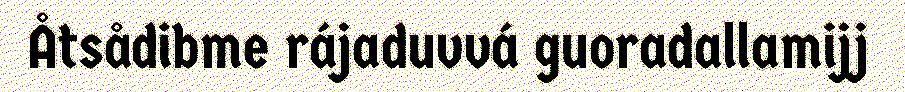
Åtsådibme rájaduvvá guoradallamijj